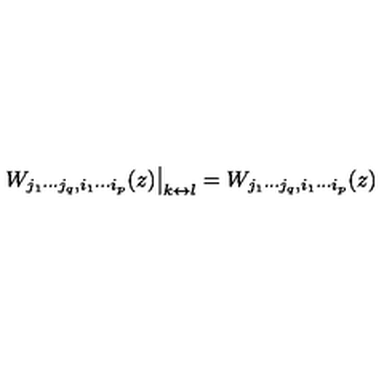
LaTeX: \qquad \left. W _ { j _ { 1 } \cdots j _ { q } , i _ { 1 } \cdots i _ { p } } ( z ) \right| _ { k \leftrightarrow l } = W _ { j _ { 1 } \cdots j _ { q } , i _ { 1 } \cdots i _ { p } } ( z ) \qquad